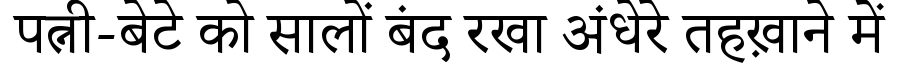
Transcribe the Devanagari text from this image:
पत्नी-बेटे को सालों बंद रखा अंधेरे तहख़ाने में